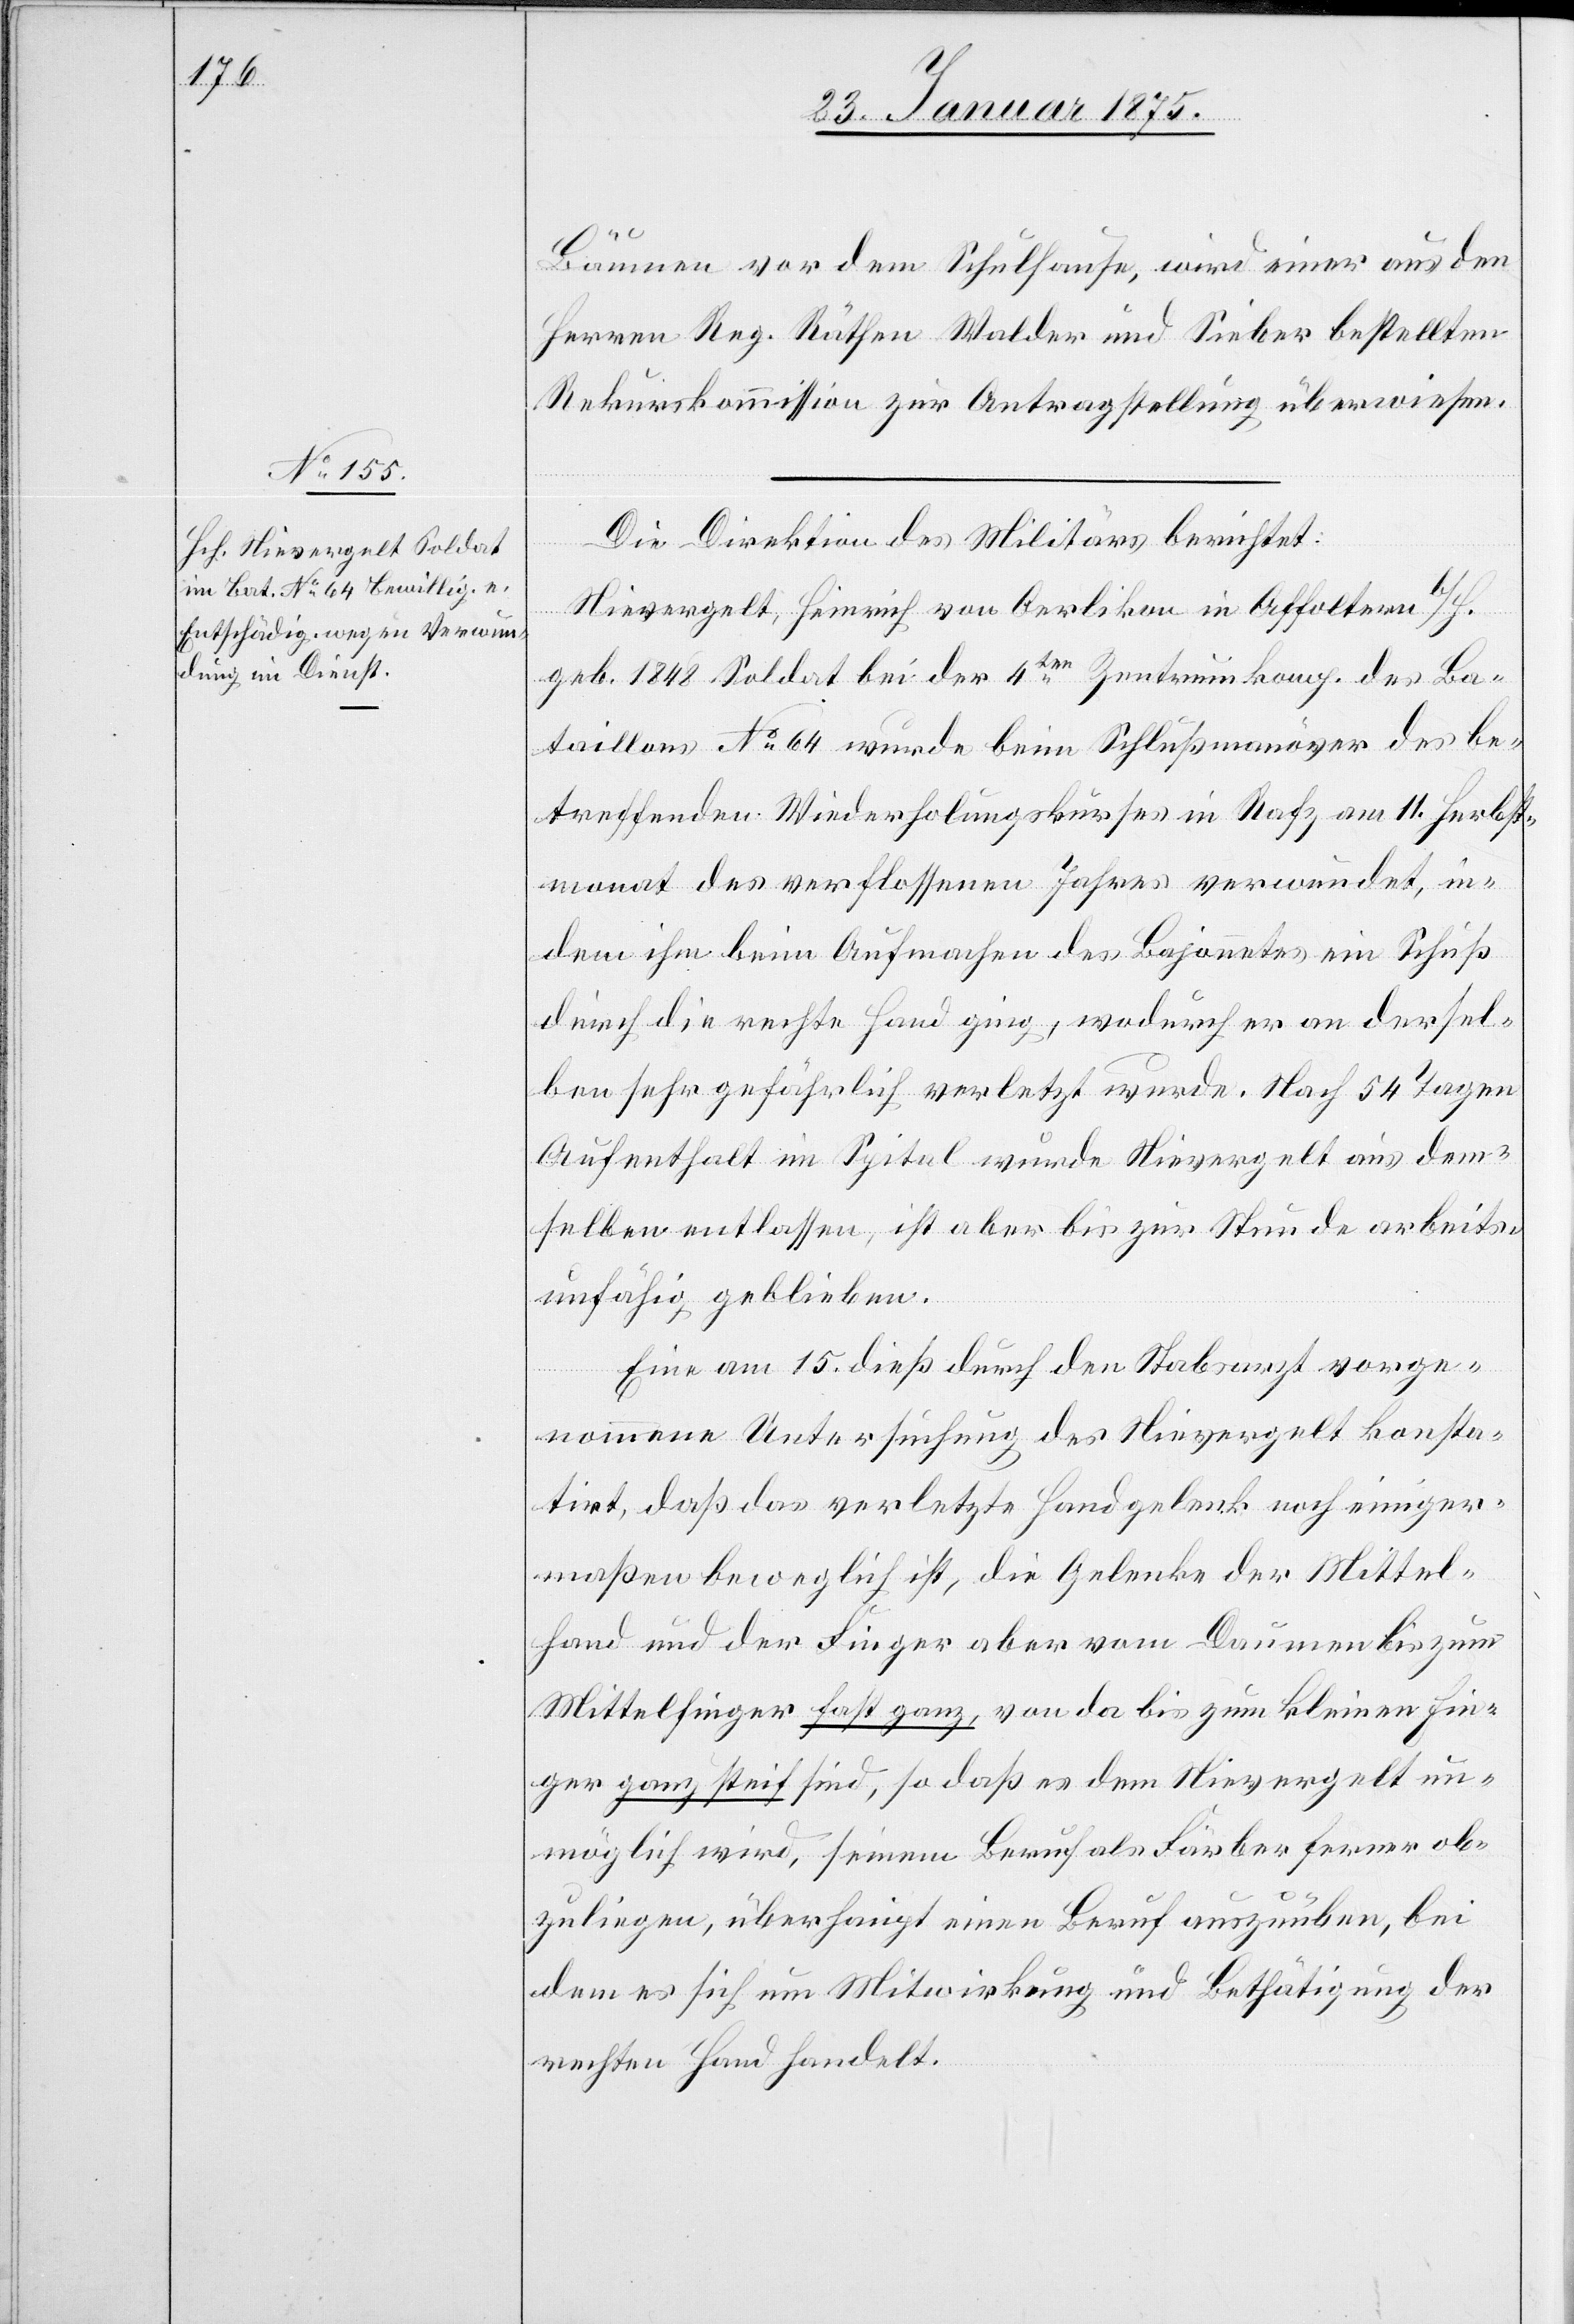
Bäumen vor dem Schulhause, wird einer aus den
Herren Reg. Räthen Walder und Sieber bestellten
Rekurskommission zur Antragstellung überwiesen.
Die Direktion des Militärs berichtet:
Nievergelt, Heinrich von Oerlikon in Affoltern b/H.
geb. 1848 Soldat bei der 4ten Zentrumkomp. des Ba¬
taillons No 64 wurde beim Schlußmanöver des be¬
treffenden Wiederholungskurses in Rafz am 11. Herbst¬
monat des verflossenen Jahres verwundet, in¬
dem ihm beim Aufmachen des Bajonnetes ein Schuß
durch die rechte Hand ging, wodurch er an dersel¬
ben sehr gefährlich verletzt wurde. Nach 54 Tagen
Aufenthalt im Spital wurde Nievergelt aus dem¬
selben entlassen, ist aber bis zur Stunde arbeits¬
unfähig geblieben.
Eine am 15. dieß durch den Stabsarzt vorge¬
nommene Untersuchung des Nievergelt konsta¬
tirt, daß das verletzte Handgelenk noch einiger¬
maßen beweglich ist, die Gelenke der Mittel¬
hand und der Finger aber vom Daumen bis zum
Mittelfinger fast ganz, von da bis zum kleinen Fin¬
ger ganz steif sind, so daß es dem Nievergelt un¬
möglich wird, seinem Beruf als Färber ferner ob¬
zuliegen, überhaupt einen Beruf auszuüben, bei
dem es sich um Mitwirkung und Bethätigung der
rechten Hand handelt.